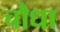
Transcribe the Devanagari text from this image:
चौधा